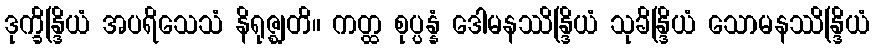
ဒုက္ခိန္ဒြိယံ အပရိသေသံ နိရုဇ္ဈတိ။ ကတ္ထ စုပ္ပန္နံ ဒေါမနဿိန္ဒြိယံ သုခိန္ဒြိယံ သောမနဿိန္ဒြိယံ